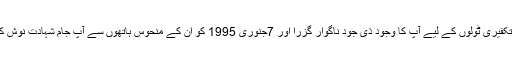
کیونکہ تکفیری ٹولوں کے لیے آپ کا وجود ذی جود ناگوار گزرا اور 7جنوری 1995 کو ان کے منحوس ہاتھوں سے آپ جام شہادت نوش کر گئے۔